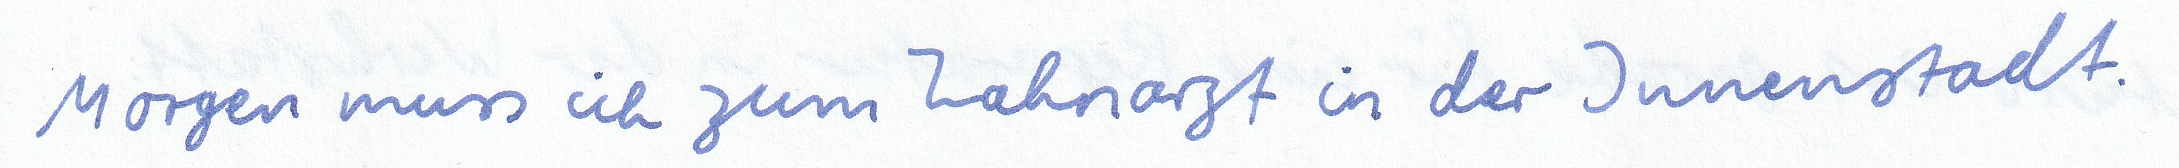
Morgen muss ich zum Zahnarzt in der Innenstadt.